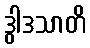
ဒွါဒသာတိ